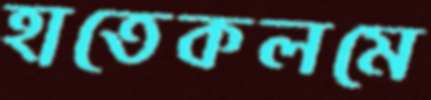
হাতেকলমে